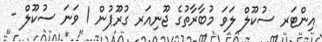
އިންޓަރ ސުކޫލް ލަވަ މުބާރާތުގެ ޖޫނިއަރ ގުރޫޕުން 1 ވަނަ ސުކޫލް -